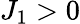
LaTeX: J_{1}>0